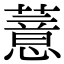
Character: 薏